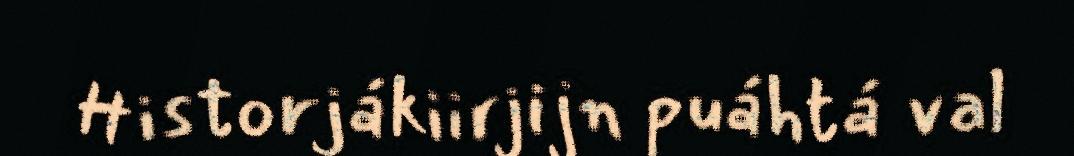
Historjákiirjijn puáhtá val